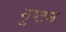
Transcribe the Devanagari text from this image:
गुप्टन